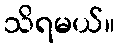
သိရမယ်။